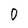
Character: 0